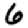
Digit: 6